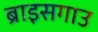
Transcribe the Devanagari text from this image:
ब्राइसगाउ